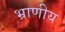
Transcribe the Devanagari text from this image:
भ्राणीय